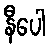
နီပေါ